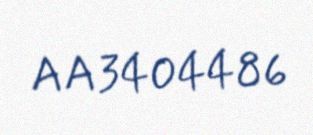
AA3404486